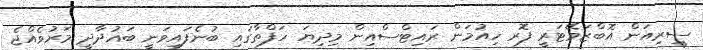
ސީރިއަން އޮބްޒަވޭޓަރީ ފޮރ ހިއުމަން ރައިޓްސްއިން މިދިޔަ ހަފްތާގައި ބުނެފައިވަނީ ބަޣުދާދީ މަރުވެއްޖެ